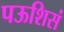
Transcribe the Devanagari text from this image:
पऊशिसं